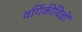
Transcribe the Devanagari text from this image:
वर्गिकीविज्ञों